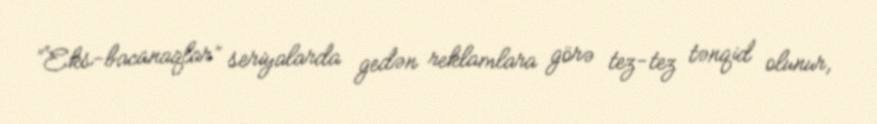
“Eks-bacanaqlar” seriyalarda gedən reklamlara görə tez-tez tənqid olunur,